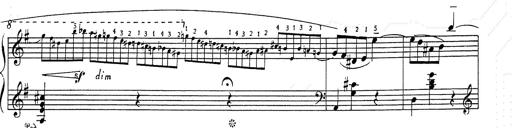
Title: 6 Polish Songs
Composer: Franz Liszt